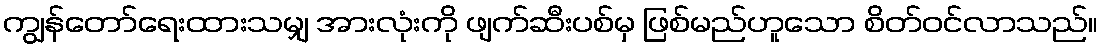
ကျွန်တော်ရေးထားသမျှ အားလုံးကို ဖျက်ဆီးပစ်မှ ဖြစ်မည်ဟူသော စိတ်ဝင်လာသည်။